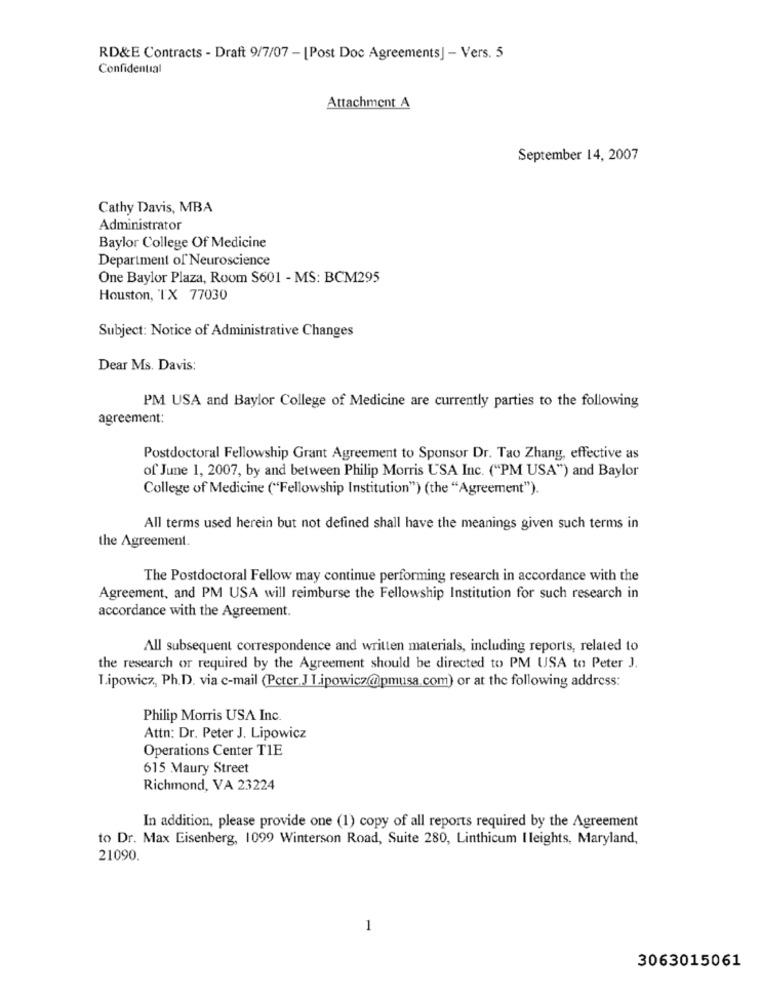
RD&E Contracts - Draft 9/7/07 - [Post Doc Agreements] - Vers. 5
Confidential
Attachment A
September 14, 2007
Cathy Davis, MBA
Administrator
Baylor College Of Medicine
Department of Neuroscience
One Baylor Plaza, Room $601 - MS: BCM295
Houston, TX 77030
Subject: Notice of Administrative Changes
Dear Ms. Davis:
PM USA and Baylor College of Medicine are currently parties to the following
agreement:
Postdoctoral Fellowship Grant Agreement to Sponsor Dr. Tao Zhang, effective as
of June 1, 2007, by and between Philip Morris USA Inc. ("PM USA") and Baylor
College of Medicine ("Fellowship Institution") (the "Agreement").
All terms used herein but not defined shall have the meanings given such terms in
the Agreement.
The Postdoctoral Fellow may continue performing research in accordance with the
Agreement, and PM USA will reimburse the Fellowship Institution for such research in
accordance with the Agreement.
All subsequent correspondence and written materials, including reports, related to
the research or required by the Agreement should be directed to PM USA to Peter J.
Tipowicz, Ph.D. via c-mail (Peter J Tipowicz@pmusa.com) or at the following address:
Philip Morris USA Inc.
Attn: Dr. Peter J. Lipowicz
Operations Center TIE
615 Maury Street
Richmond, VA 23224
In addition, please provide one (1) copy of all reports required by the Agreement
to Dr. Max Eisenberg, 1099 Winterson Road, Suite 280, Linthicum Ileights, Maryland,
21090.
1
3063015061